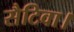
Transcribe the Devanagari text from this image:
सैटिवा।